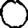
Digit: 0